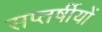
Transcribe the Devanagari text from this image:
सप्तर्षीयों